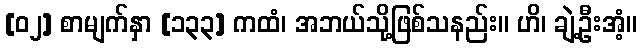
[၀၂] စာမျက်နှာ [၁၃၃] ကထံ၊ အဘယ်သို့ဖြစ်သနည်း။ ဟိ၊ ချဲ့ဦးအံ့။